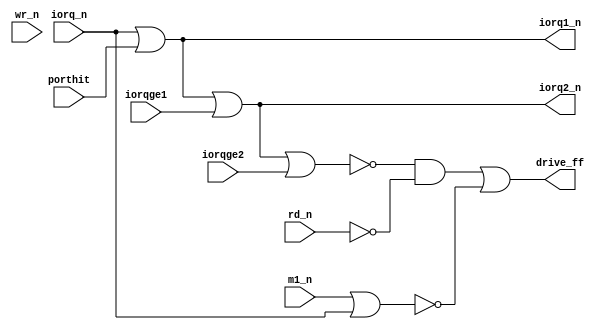
module zbus(

	input iorq_n,
	input rd_n,
	input wr_n,
	input m1_n,

	output iorq1_n,
	output iorq2_n,

	input iorqge1,
	input iorqge2,

	input porthit,

	output drive_ff
);



	assign iorq1_n = iorq_n | porthit;

	assign iorq2_n = iorq1_n | iorqge1;

	assign drive_ff = ( (~(iorq2_n|iorqge2)) & (~rd_n) ) | (~(m1_n|iorq_n));





endmodule